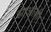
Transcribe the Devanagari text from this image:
झाओज़ी